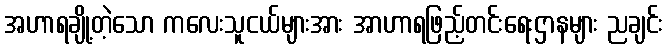
အဟာရချို့တဲ့သော ကလေးသူငယ်များအား အာဟာရဖြည့်တင်းရေးဌာနများ ညချင်း